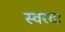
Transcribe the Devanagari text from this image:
स्वरदा